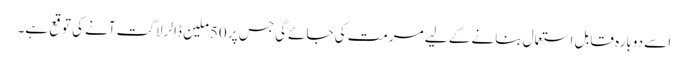
اسے دوبارہ قابل استعمال بنانے کے لیے مرمت کی جائےگی جس پر 50ملین ڈالر لاگت آنے کی توقع ہے۔